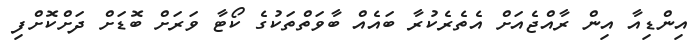
އިންޑިއާ އިން ރާއްޖެއަށް އެތެރެކުރާ ބައެއް ބާވަތްތަކުގެ ކޯޓާ ވަރަށް ބޮޑަށް ދަށްކޮށްފި